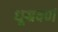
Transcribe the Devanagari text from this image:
धूम्रवर्णं